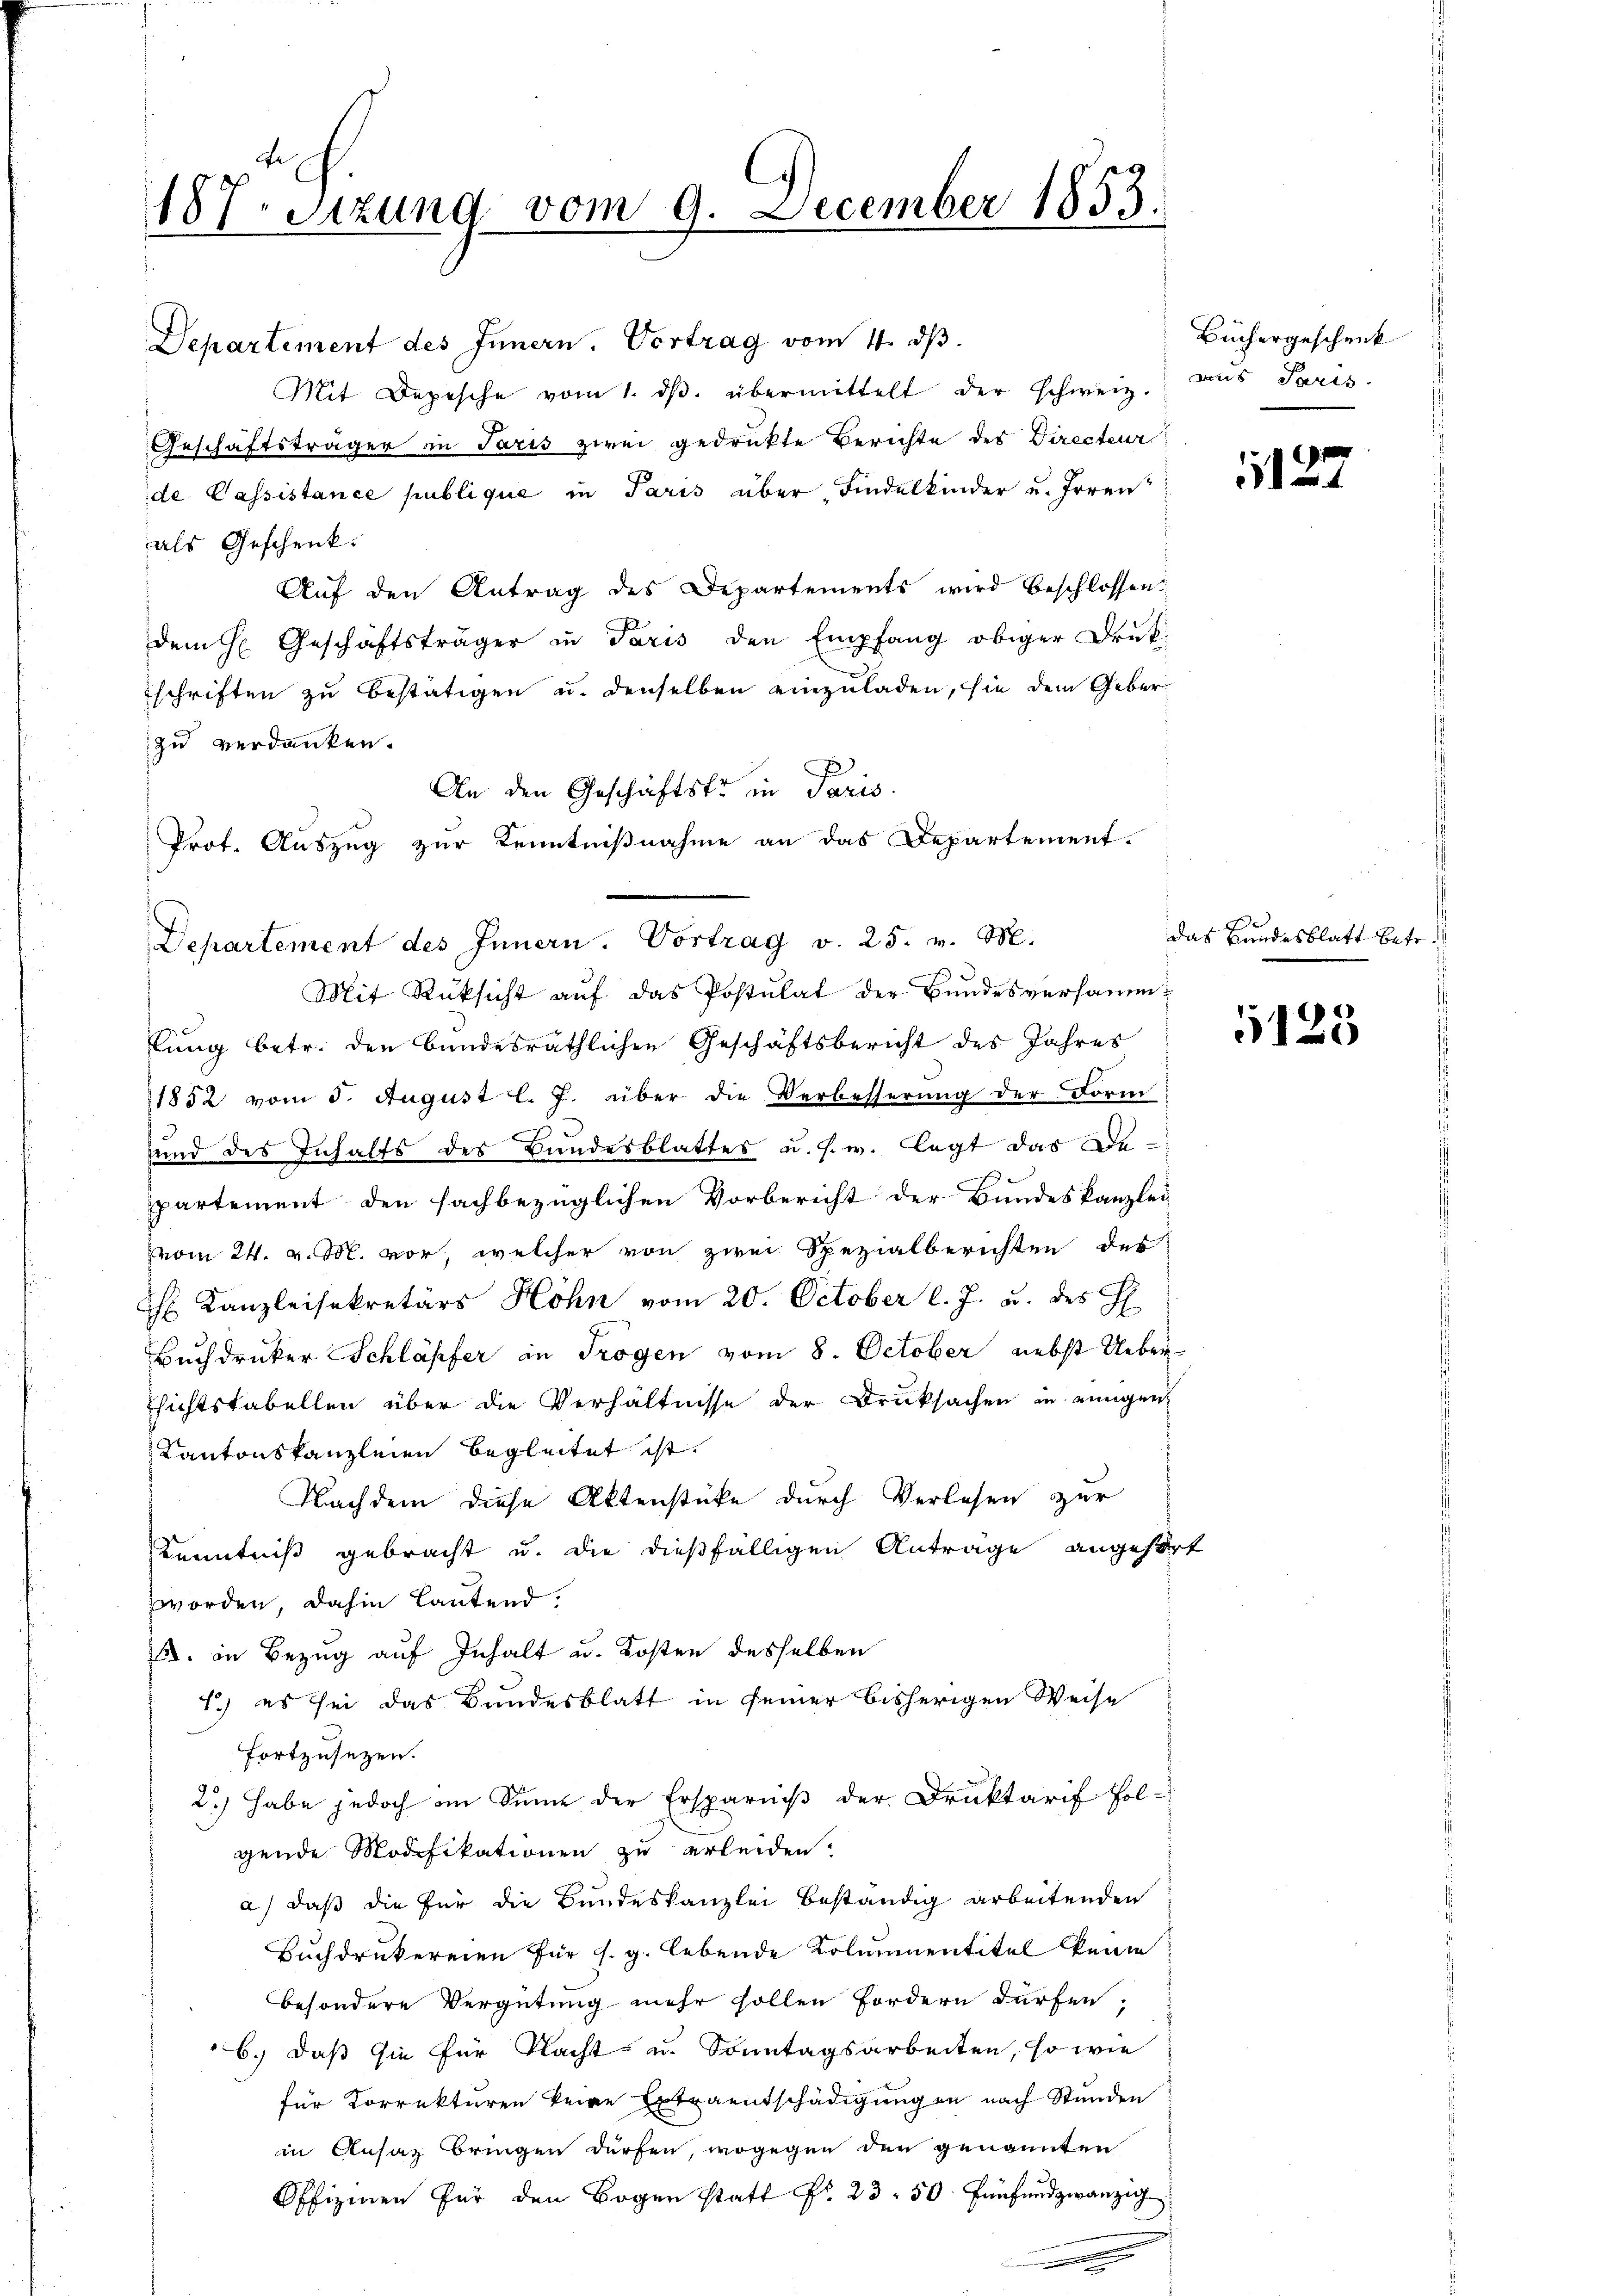
187. Sitzung vom 9. December 1853.

Departement des Innern. Vortrag vom 4. dβ.
Mit Depesche vom 1. dβ. übermittelt der schweiz.
Geschäftsträger in Paris zwei gedrukte Berichte des Directeur
de Passistance publique in Paris über Findelkinder u. Irren
als Geschenk.
Auf den Antrag des Departements wird beschlossen:
dem H. Geschäftsträger in Paris den Empfang obiger Druk
schriften zu bestätigen u. denselben einzuladen, sie dem Geber
zu verdanken.
An den Geschäftski in Paris.
Mit Rücksicht auf das Postulat der Bundesversammlung betr. den bundesräthlichen Geschäftsbericht des Jahres
1852 vom 5. August l. J. über die Verbesserung der Form
und des Inhalts des Bundesblattes u. s. w. legt das Departement den fachbezüglichen Vorbericht der Bundeskanzlei
vom 24. v. M. vor, welcher von zwei Spezialberichten des
 Kanzleisekretärs Höhn vom 20. October l. J. u. des H
Buchdrucker Schläpfer in Trogen vom 8. October nebst Ueberhichtstabellen über die Verhältnisse der Druksachen in einigen
Kantonskanzleien begleitet ist.
Nachdem diese Aktenstücke durch Verlesen zur
Kenntniß gebracht u. die dießfälligen Antrage angehe
worden, dahin lautend.
1. in Bezug auf Inhalt u. Kosten desselben
1.) es sei das Bundesblatt in seiner bisherigen Weise
fortzusetzen.
2.) Habe jedoch im Sinne der Ersparniß der Druktarif fol-
gende Modifikationen zu erleiden.
a) daß die für die Bundeskanzlei beständig arbeitenden
Buchdrukereien für s. g. lebende Kolmnentitel keine
besondere Vergütung mehr sollen Fordern dürfen,
6.) Daß sie für Nacht u. Sonntagsarbeiten, so wie
für Korrekturen keine Ertraentschädigungen nach Stunden
in Ansaz bringen dürfen, wogegen den genannten
Offizien für den Bogen statt Fr. 23. 50 finfundzwanzig

Prof. Auszug zur Kenntnißnahme an das Departement-
Departement des Innern. Vortrag v. 25. v. M.

Büchergeschenk
aus Paris

n
.

das Bundesblatt betr.

E

1123